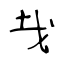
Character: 𢦏